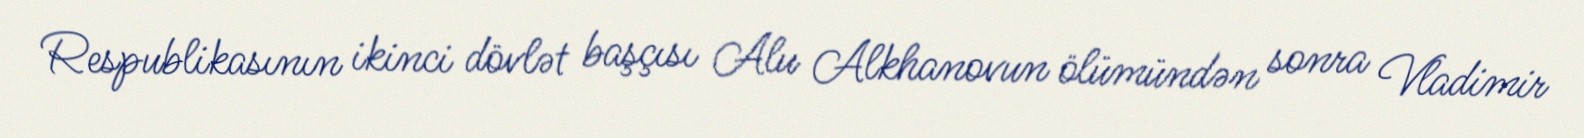
Respublikasının ikinci dövlət başçısı Alu Alkhanovun ölümündən sonra Vladimir